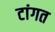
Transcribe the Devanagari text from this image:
टांगत